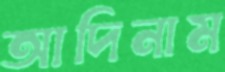
আদিনাম